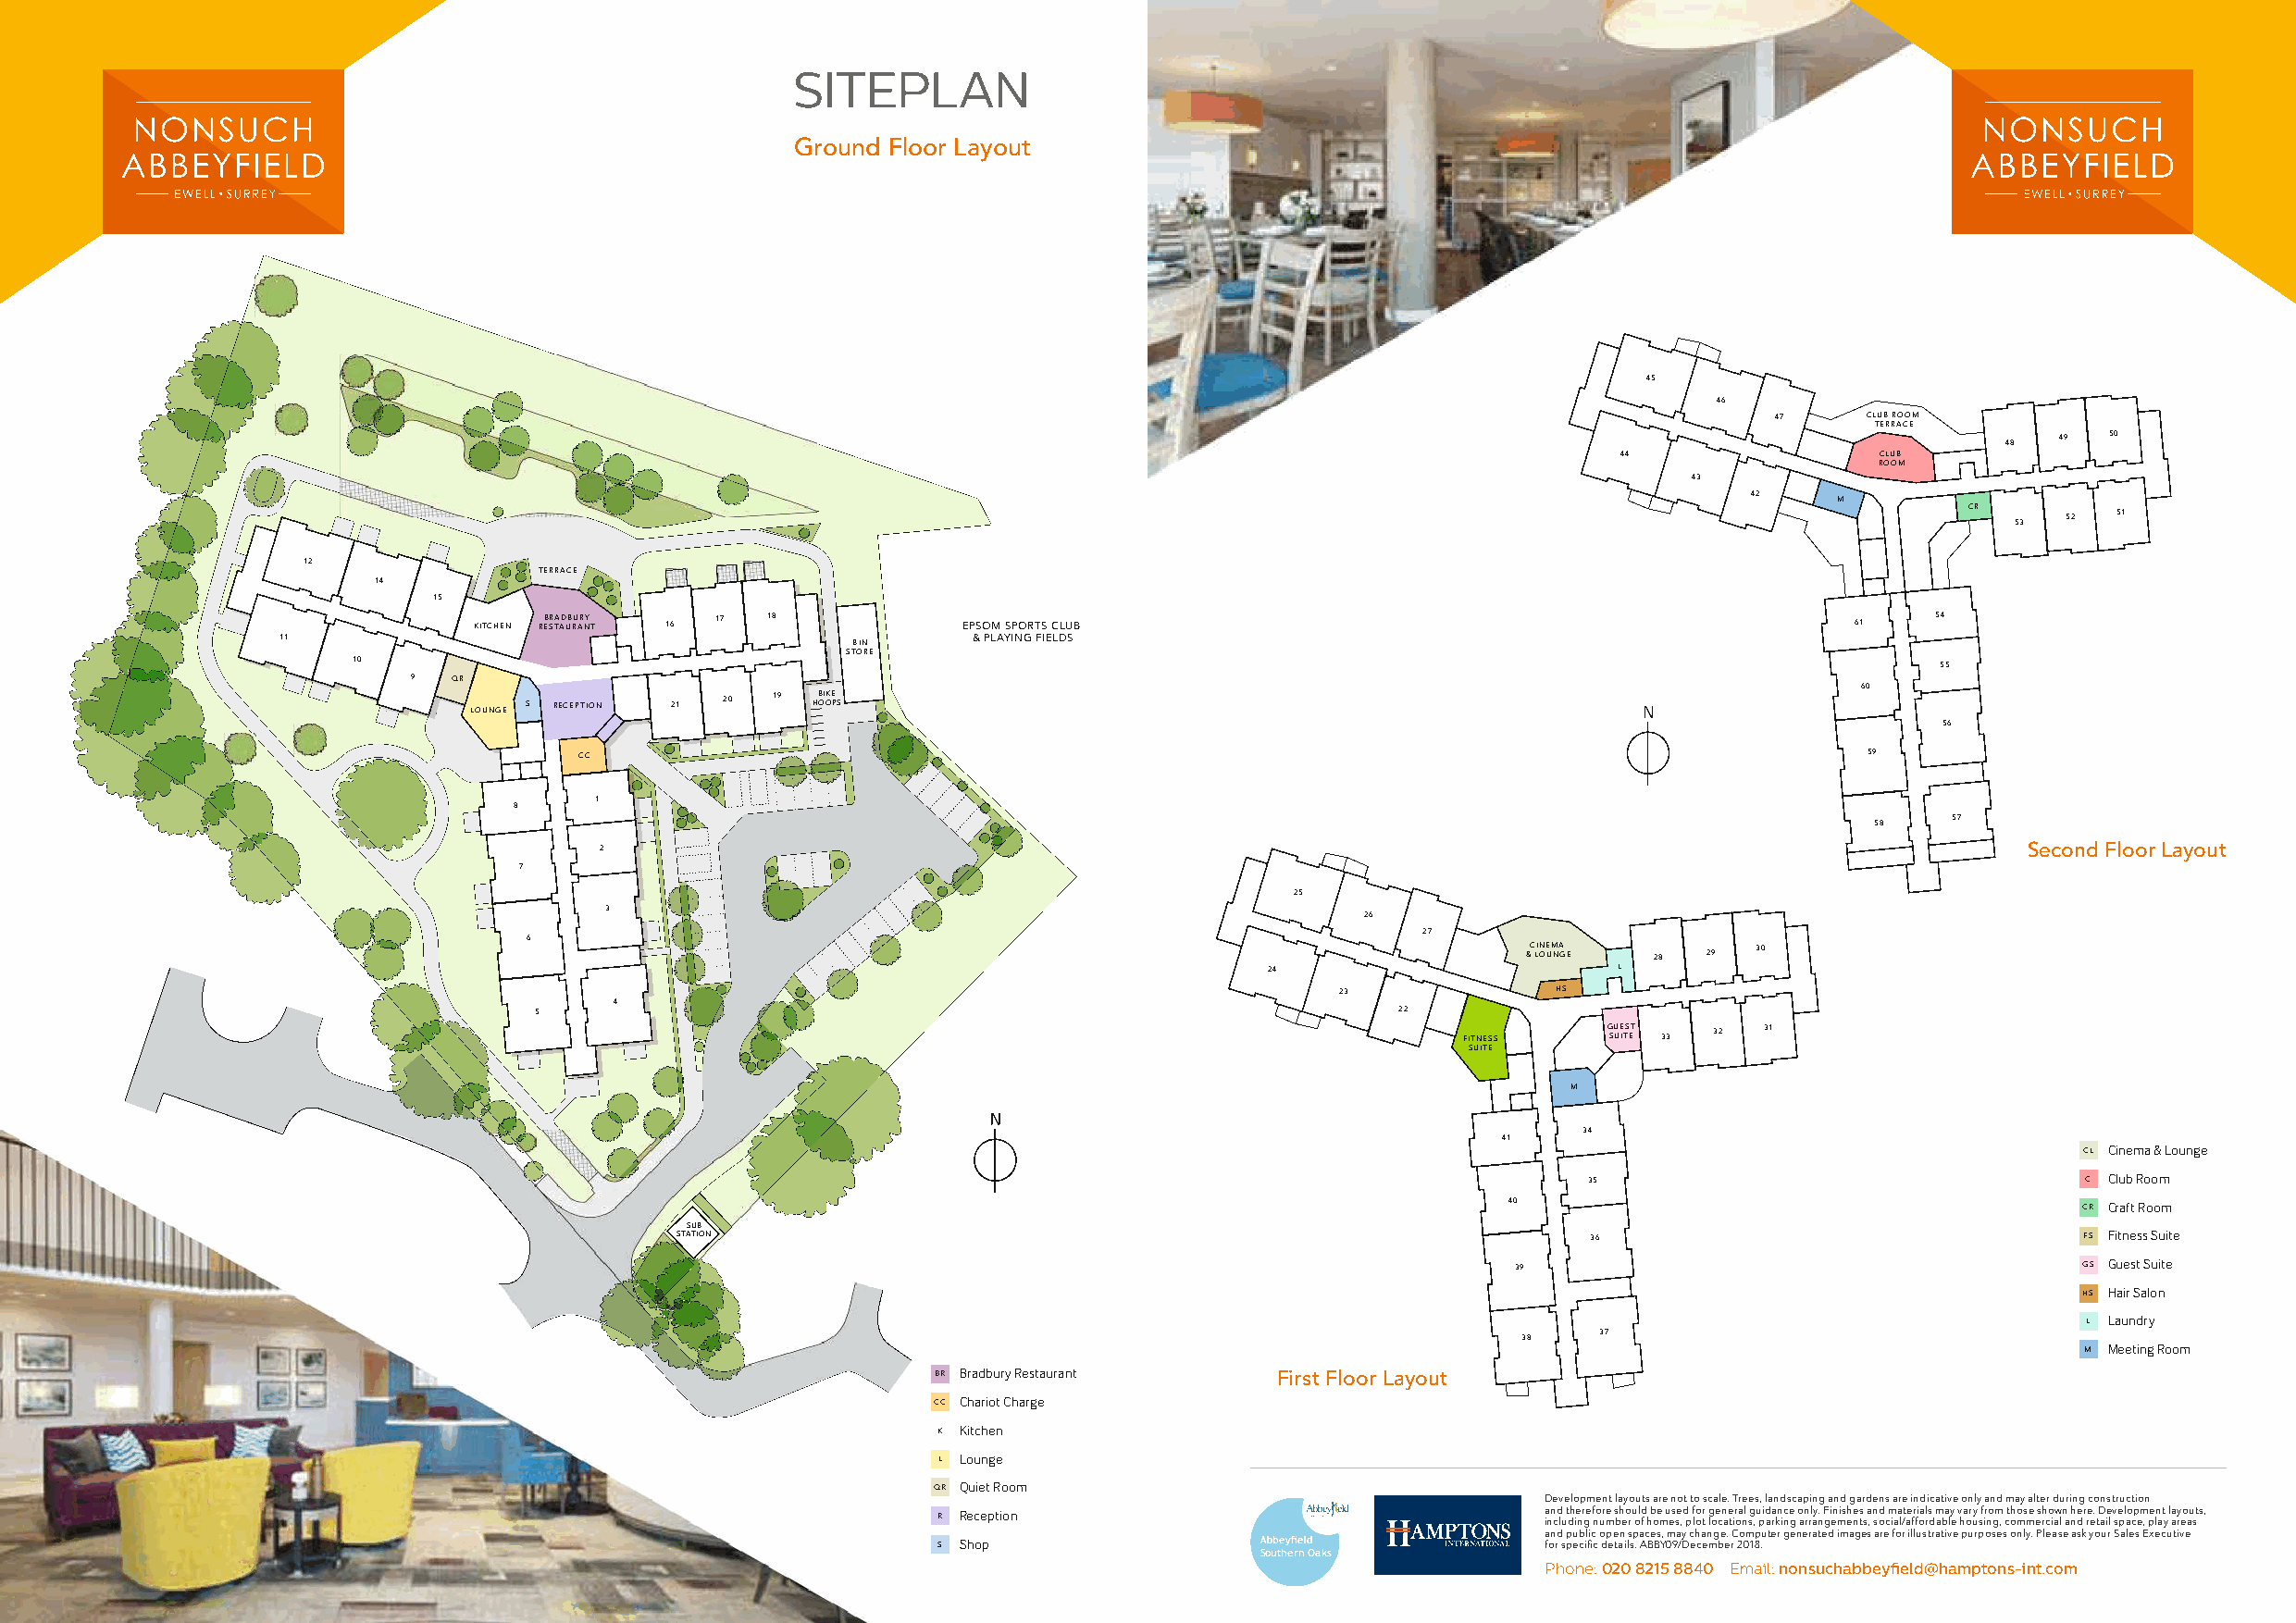
SITEPLAN
 Ground Floor Layout
 45
 46
 47     CLUB ROOM
 TERRACE
 48  49  50
 44                CLUB
 ROOM
 43
 42    M
 CR 53  52 51
 12
 TERRACE
 14
 15
 KITCHEN RB ER STA AD UB RU AR NY T 16 17 18 EPSOM SPORTS CLUB                                      61   54
 11                                                & PLAYING FIELDS
 BIN
 STORE
 10                                                                                                                55
 9  QR
 60
 LOUNGE S RECEPTION 21 20 19 HB OI OKE PS
 56
 CC                                                                                           59
 1
 8
 58    57
 2                                                                                                     Second Floor Layout
 7
 25
 3
 26
 6                                                               27
 &C LIN OE UM NA G E 28 29 30
 24                       L
 23             HS
 4
 5                                                             22
 FITNESS   G SU UE ITS ET 33 32 31
 SUITE
 M
 34
 41
 CL Cinema & Lounge
 35                                 C Club Room
 40                                       CR Craft Room
 SUB
 STATION                                                           36                                 FS Fitness Suite
 39                                       GS Guest Suite
 HS Hair Salon
 L Laundry
 38   37
 M Meeting Room
 BR Bradbury Restaurant  First Floor Layout
 CC Chariot Charge
 K Kitchen
 L Lounge
 QR Quiet Room
 Development layouts are not to scale. Trees, landscaping and gardens are indicative only and may alter during construction
 and therefore should be used for general guidance only. Finishes and materials may vary from those shown here. Development layouts,
 R Reception                                including number of homes, plot locations, parking arrangements, social/affordable housing, commercial and retail space, play areas
 and public open spaces, may change. Computer generated images are for illustrative purposes only. Please ask your Sales Executive
 S Shop                                     for specifi c details. ABBY09/December 2018.
 Southern Oaks
 Phone: 020 8215 8840 Email: nonsuchabbeyfi eld@hamptons-int.com